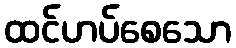
ထင်ဟပ်စေသော